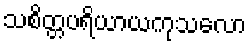
သစိတ္တပရိယာယကုသလော